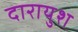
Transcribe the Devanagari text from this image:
दारायुश